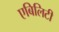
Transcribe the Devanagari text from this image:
एबिलिटी